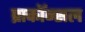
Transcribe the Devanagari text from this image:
प्राकॉन्सल